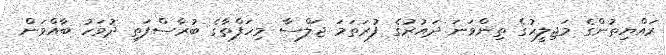
ރައްޔިތުންގެ މަޖިލީހުގެ ތިންވަނަ ދައުރުގެ ފުރަތަމަ ޖަލްސާ މިހަފްތާގެ ބުރާސްފަތި ދުވަހު ބާއްވަން